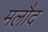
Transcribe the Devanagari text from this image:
मलौद